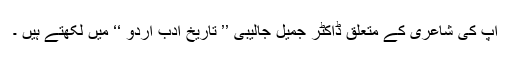
آپ کی شاعری کے متعلق ڈاکٹر جمیل جالیبی ’’ تاریخ ادبِ اردو ‘‘ میں لکھتے ہیں ۔